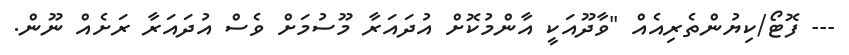
--- ފޮޓޯ/ކިޔުންތެރިއެއް "ވާދޫއަކީ އާންމުކޮށް އުދައަރާ މޫސުމަށް ވެސް އުދައަރާ ރަށެއް ނޫން.